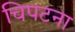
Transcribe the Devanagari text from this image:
चिपटना